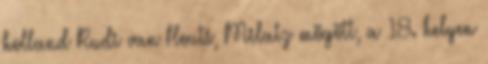
holland Rudi van Houts, Milatz mögött, a 18. helyen